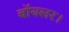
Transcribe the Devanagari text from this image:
बॉयलर।